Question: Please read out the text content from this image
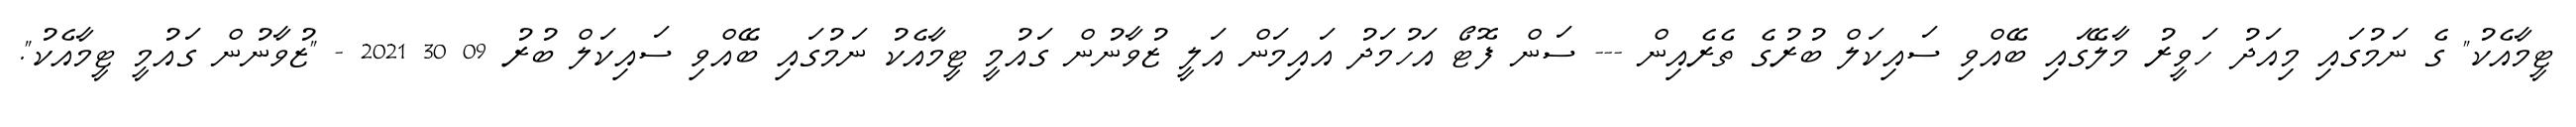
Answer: ޓީމާއެކު" ގެ ނަމުގައި މިއަދު ހަވީރު މާލޭގައި ބޭއްވި ސައިކަލް ބުރުގެ ތެރެއިން --- ސަން ފޮޓޯ އަހުމަދު އައިމަން އަލީ ޒުވާނުން ގައުމީ ޓީމާއެކު ނަމުގައި ބޭއްވި ސައިކަލް ބުރު 09 30 2021 - "ޒުވާނުން ގައުމީ ޓީމާއެކު".